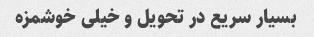
بسیار سریع در تحویل و خیلی خوشمزه